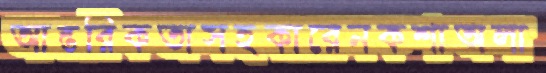
আন্তরিকতাসহকারেনকশাঅলা